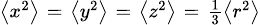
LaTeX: \scriptstyle\left\langle x^{2}\right\rangle\; =\; \left\langle y^{2}\right\rangle\; =\; \left\langle z^{2}\right\rangle\; =\; {\frac{1}{3}}\left\langle r^{2}\right\rangle